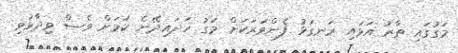
މަގުގައި ތާރު އަޅައި ރަނގަޅު ފެންވަރަކަށް މަގު ހަދައިދޭނެ ކަމަށް ވެސް ވިދާޅުވި